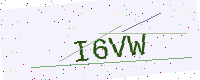
Text: I6VW